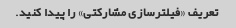
تعریف «فیلترسازی مشارکتی» را پیدا کنید.